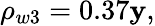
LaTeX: \rho_{w3}=0.37\mathbf{y},